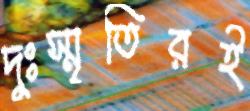
দুঃস্মৃতিরই